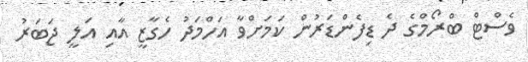
ވެސްޓް ބްރޯމްގެ ދެ ޑިފެންޑަރުން ކަމަށްވާ އަހްމަދު ހެގާޒީ އާއި އަލީ ޖަބަރު